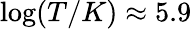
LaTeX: \log(T/K)\approx 5.9